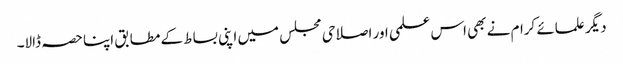
دیگر علمائے کرام نے بھی اس علمی اور اصلاحی مجلس میں اپنی بساط کے مطابق اپنا حصہ ڈالا۔